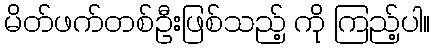
မိတ်ဖက်တစ်ဦးဖြစ်သည့် ကို ကြည့်ပါ။